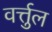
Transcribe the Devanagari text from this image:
वर्त्तुल